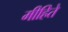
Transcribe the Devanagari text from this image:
मीहिते